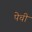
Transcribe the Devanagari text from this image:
पेची